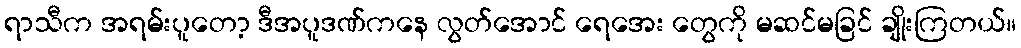
ရာသီက အရမ်းပူတော့ ဒီအပူဒဏ်ကနေ လွတ်အောင် ရေအေး တွေကို မဆင်မခြင် ချိုးကြတယ်။